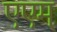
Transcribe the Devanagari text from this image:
एएम्